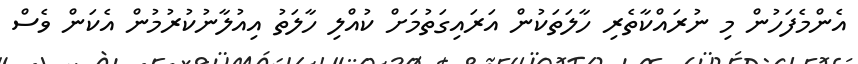
އެންމެފަހުން މި ނުރައްކާތެރި ހާލަތަކުން އަރައިގަތުމަށް ކުއްލި ހާލަތު އިއުލާނުކުރުމުން އެކަން ވެސް